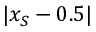
| x _ { S } - 0 . 5 |